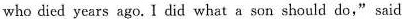
who died years ago. l did what a son should do,” said